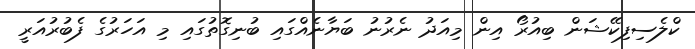
ކްލެސިފިކޭޝަން ބިއުރޯ އިން މިއަދު ނެރުނު ބަޔާނެއްގައި ބުނިގޮތުގައި މި އަހަރުގެ ފެބުރުއަރީ